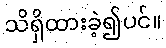
သိရှိထားခဲ့၍ပင်။